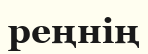
реңнің